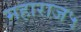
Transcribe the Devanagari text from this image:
महाराज५